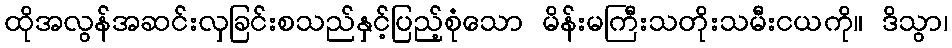
ထိုအလွန်အဆင်းလှခြင်းစသည်နှင့်ပြည့်စုံသော မိန်းမကြီးသတိုးသမီးငယကို။ ဒိသွာ၊